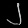
Digit: ၂